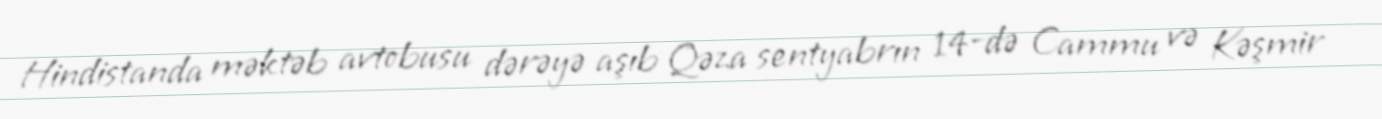
Hindistanda məktəb avtobusu dərəyə aşıb Qəza sentyabrın 14-də Cammu və Kəşmir